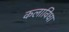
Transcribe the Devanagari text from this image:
कलाविधा